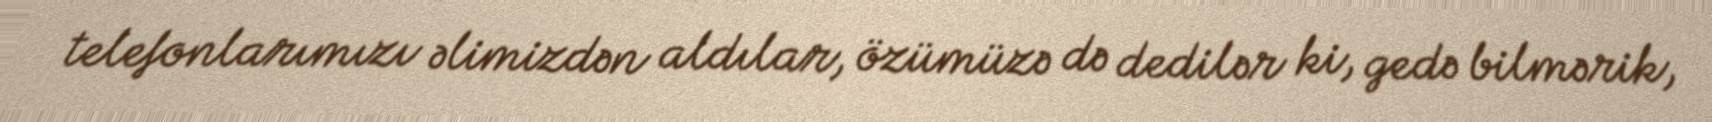
telefonlarımızı əlimizdən aldılar, özümüzə də dedilər ki, gedə bilmərik,